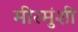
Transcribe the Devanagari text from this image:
मीरमुंशी